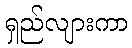
ရှည်လျားကာ